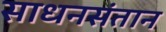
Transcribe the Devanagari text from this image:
साधनसंतान